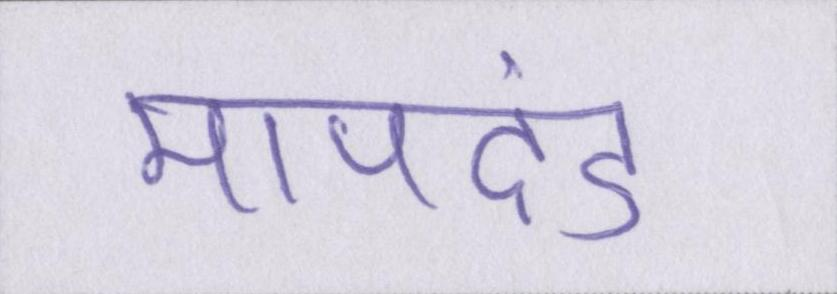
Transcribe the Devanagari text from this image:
मापदंड